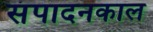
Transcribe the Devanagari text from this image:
संपादनकाल